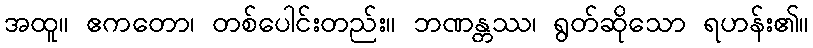
အထူ။ ဧကတော၊ တစ်ပေါင်းတည်း။ ဘဏန္တဿ၊ ရွတ်ဆိုသော ရဟန်း၏။